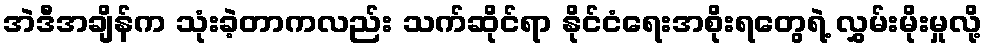
အဲဒီအချိန်က သုံးခဲ့တာကလည်း သက်ဆိုင်ရာ နိုင်ငံရေးအစိုးရတွေရဲ့ လွှမ်းမိုးမှုလို့